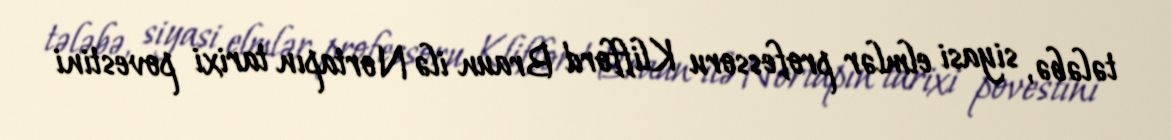
tələbə, siyasi elmlər professoru Klifford Braun ilə Nortapın tarixi povestini